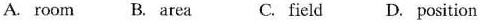
A. room B. Area C. Field D. Position